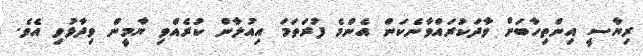
ރިޔާސީ އިންތިހާބަށް ވާދަކުރައްވާނެކަން އެންމެ ފުރަތަމަ އިއުލާން ކުރެއްވި ޔާމީން ވިދާޅުވި އެވެ.